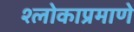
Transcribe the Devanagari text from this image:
श्लोकाप्रमाणे